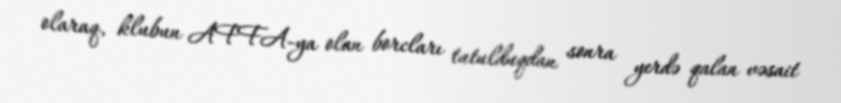
olaraq, klubun AFFA-ya olan borcları tutulduqdan sonra yerdə qalan vəsait